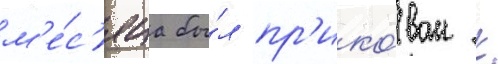
м'е́с'яца бы́л пр'ико́ван к